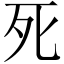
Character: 死